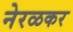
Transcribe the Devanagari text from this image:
नेरळकर